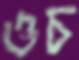
ওচ